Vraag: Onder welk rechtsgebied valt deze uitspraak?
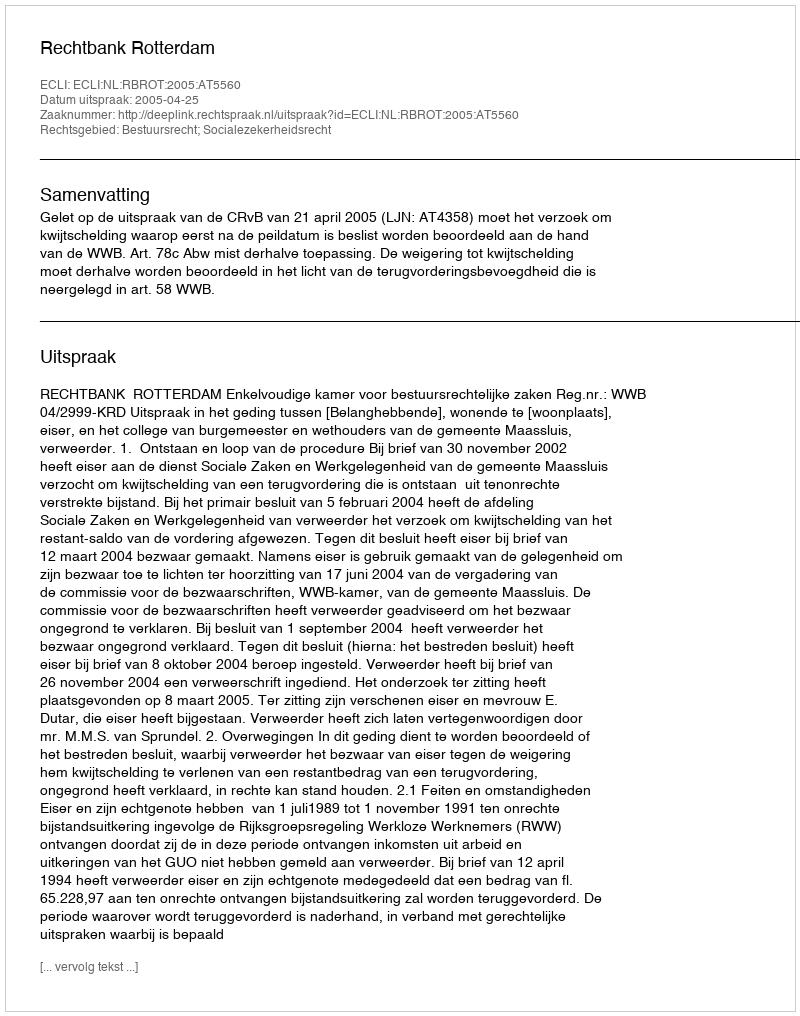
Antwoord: Bestuursrecht; Socialezekerheidsrecht